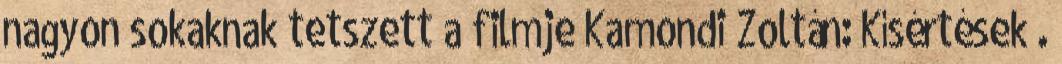
nagyon sokaknak tetszett a filmje Kamondi Zoltán: Kísértések .